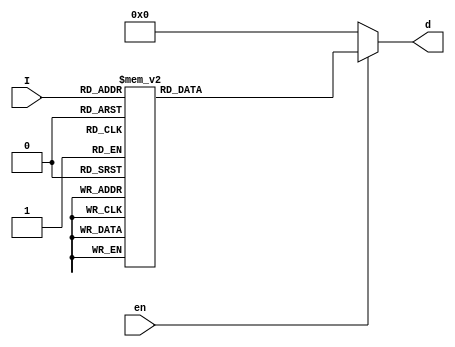
module decoder_3x8 (input [2:0] I,
                    input en,
                    output reg [7:0] d
                    );
       always @(*) begin
        if (en == 0)
            d = 8'b0;
        else begin
            case(I)
              3'b000 : d = 8'b0000_0001;
              3'b001 : d = 8'b0000_0010;
              3'b010 : d = 8'b0000_0100;
              3'b011 : d = 8'b0000_1000;
              3'b100 : d = 8'b0001_0000;
              3'b101 : d = 8'b0010_0000;
              3'b110 : d = 8'b0100_0000;
              3'b111 : d = 8'b1000_0000;
              default: d = 8'b0;
            endcase
        end
       end
      
endmodule